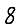
Digit: 8